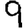
Digit: 9